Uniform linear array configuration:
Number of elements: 48
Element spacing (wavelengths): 1
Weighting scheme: hamming
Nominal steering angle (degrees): -45
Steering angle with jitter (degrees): -45.601
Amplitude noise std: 0.05
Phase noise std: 0.05

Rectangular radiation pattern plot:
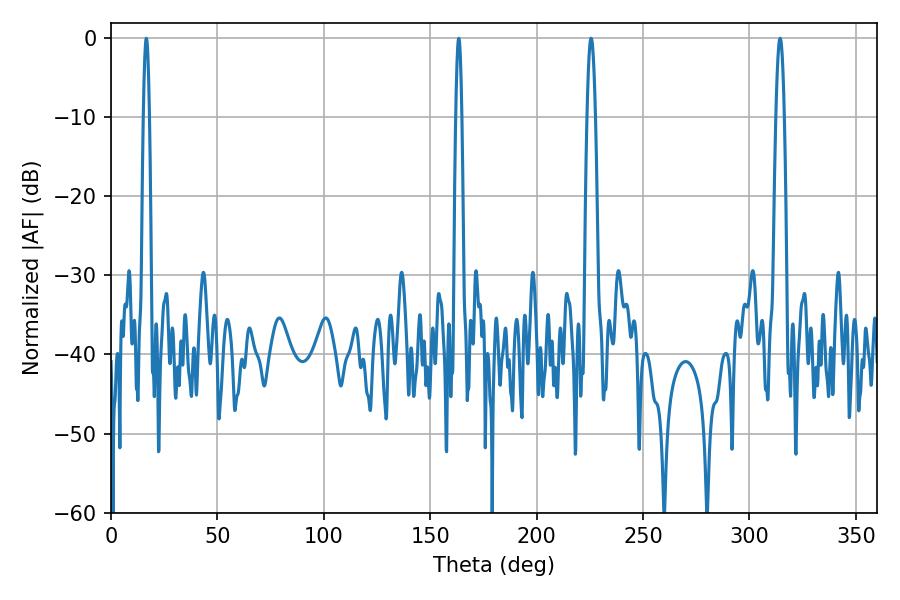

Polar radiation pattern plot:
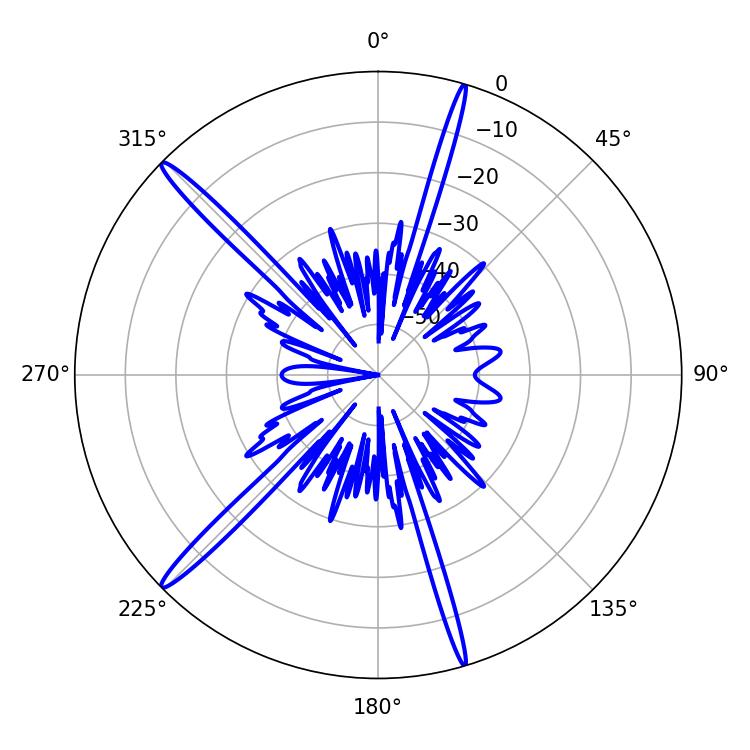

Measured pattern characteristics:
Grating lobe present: TRUE
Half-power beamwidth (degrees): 1.44
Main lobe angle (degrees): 16.56